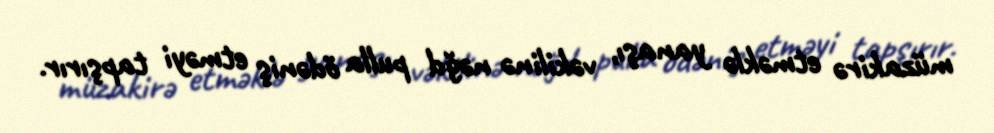
müzakirə etməklə yanaşı, vəkilinə nəğd pulla ödəniş etməyi tapşırır.